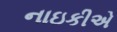
નાઇકીએ